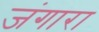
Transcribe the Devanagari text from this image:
जंगारा